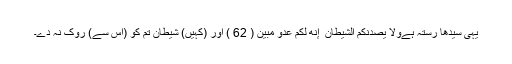
یہی سیدھا رستہ ہےوَلَا يَصُدَّنَّكُمُ الشَّيْطَانُ ۖ إِنَّهُ لَكُمْ عَدُوٌّ مُّبِينٌ ( 62 ) اور (کہیں) شیطان تم کو (اس سے) روک نہ دے۔